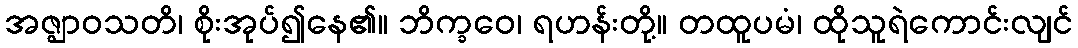
အဇ္ဈာဝသတိ၊ စိုးအုပ်၍နေ၏။ ဘိက္ခဝေ၊ ရဟန်းတို့။ တထူပမံ၊ ထိုသူရဲကောင်းလျင်